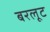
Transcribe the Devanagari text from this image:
बरलूट